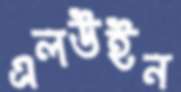
এলউইন